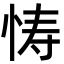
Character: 㤽